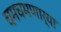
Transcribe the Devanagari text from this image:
चमचमणार्‍या